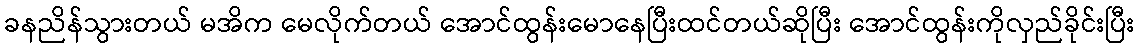
ခနညိန်သွားတယ် မအိက မေလိုက်တယ် အောင်ထွန်းမောနေပြီးထင်တယ်ဆိုပြီး အောင်ထွန်းကိုလှည်ခိုင်းပြီး